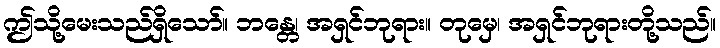
ဤသို့မေးသည်ရှိသော်။ ဘန္တေ၊ အရှင်ဘုရား။ တုမှေ၊ အရှင်ဘုရားတို့သည်။